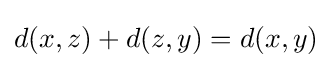
d(x,z)+d(z,y)=d(x,y)